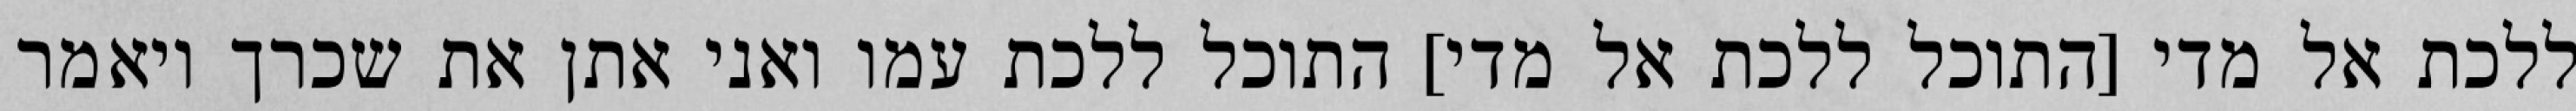
ללכת אל מדי [התוכל ללכת אל מדי] התוכל ללכת עמו ואני אתן את שכרך ויאמר